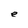
Character: e